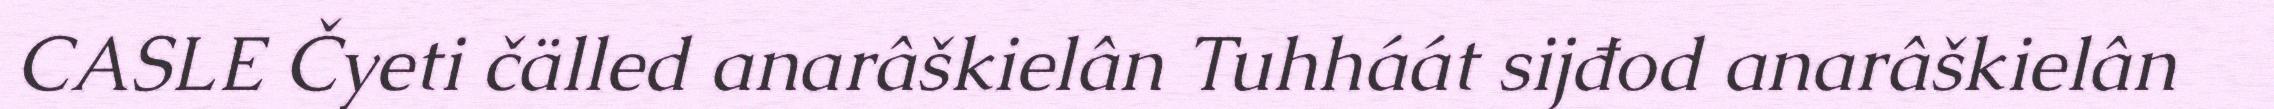
CASLE Čyeti čälled anarâškielân Tuhháát sijđod anarâškielân